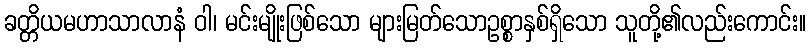
ခတ္တိယမဟာသာလာနံ ဝါ၊ မင်းမျိုးဖြစ်သော များမြတ်သောဥစ္စာနှစ်ရှိသော သူတို့၏လည်းကောင်း။